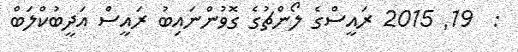
:  19